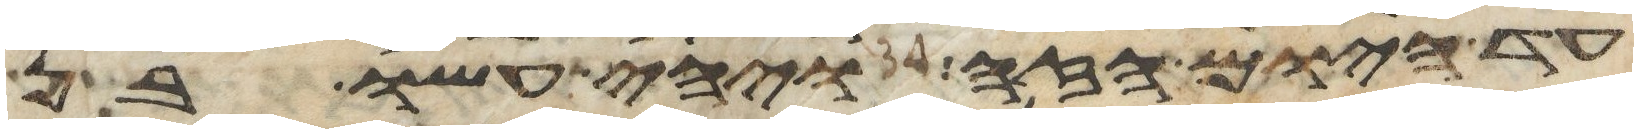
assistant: עד היום הזה ויהי עשו בן